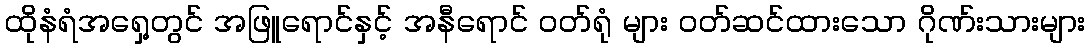
ထိုနံရံအရှေ့တွင် အဖြူရောင်နှင့် အနီရောင် ဝတ်ရုံ များ ဝတ်ဆင်ထားသော ဂိုဏ်းသားများ